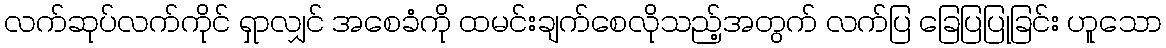
လက်ဆုပ်လက်ကိုင် ရှာလျှင် အစေခံကို ထမင်းချက်စေလိုသည့်အတွက် လက်ပြ ခြေပြပြုခြင်း ဟူသော